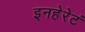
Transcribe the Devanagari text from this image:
इनहेरेटं